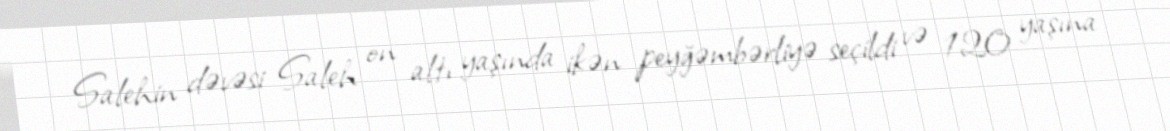
Salehin dəvəsi Saleh on altı yaşında ikən peyğəmbərliyə seçildi və 120 yaşına